Annual report of the Imperial Bacteriological Laboratory, Muktesar
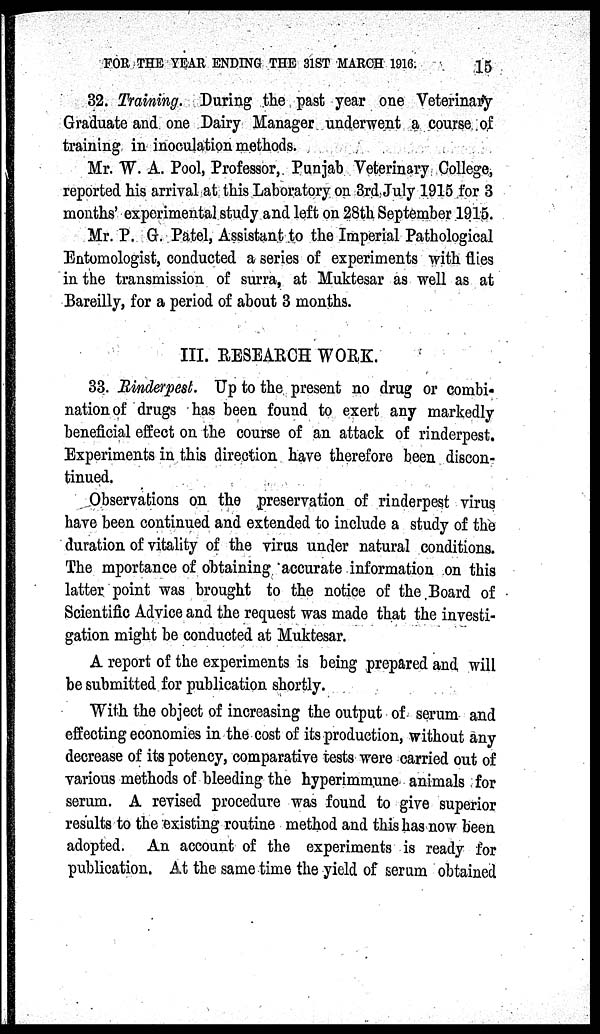
FOR THE YEAR ENDING THE 31ST MARCH 1916.
15
32. Training. During the past year one Veterinary
Graduate and one Dairy Manager underwent a course of
training in inoculation methods.
Mr. W. A. Pool, Professor, Punjab Veterinary College,
reported his arrival at this Laboratory on 3rd July 1915 for 3
months' experimental study and left on 28th September 1915.
Mr. P. G. Patel, Assistant to the Imperial Pathological
Entomologist, conducted a series of experiments with flies
in the transmission of surra, at Muktesar as well as at
Bareilly, for a period of about 3 months.
III. RESEARCH WORK.
33. Rinderpest. Up to the present no drug or combi-
nation of drugs has been found to exert any markedly
beneficial effect on the course of an attack of rinderpest.
Experiments in this direction have therefore been discon-
tinued.
Observations on the preservation of rinderpest virus
have been continued and extended to include a study of the
duration of vitality of the virus under natural conditions.
The importance of obtaining accurate information on this
latter point was brought to the notice of the Board of
Scientific Advice and the request was made that the investi-
gation might be conducted at Muktesar.
A report of the experiments is being prepared and will
be submitted for publication shortly.
With the object of increasing the output of serum and
effecting economies in the cost of its production, without any
decrease of its potency, comparative tests were carried out of
various methods of bleeding the hyperimmune animals for
serum. A revised procedure was found to give superior
results to the existing routine method and this has now been
adopted. An account of the experiments is ready for
publication. At the same time the yield of serum obtained